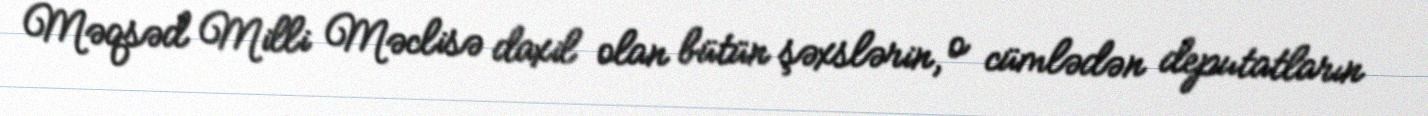
Məqsəd Milli Məclisə daxil olan bütün şəxslərin, o cümlədən deputatların